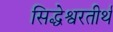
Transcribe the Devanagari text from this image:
सिद्धेश्वरतीर्थ